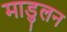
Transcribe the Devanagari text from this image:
माडुलन